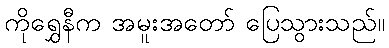
ကိုရွှေနီက အမူးအတော် ပြေသွားသည်။